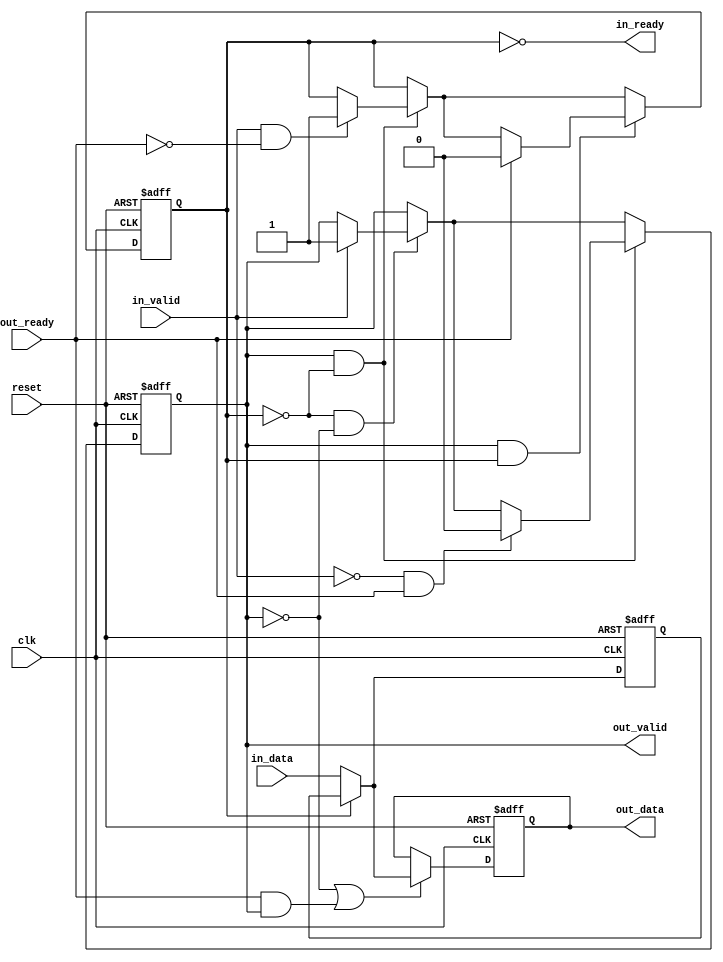
// This program was cloned from: https://github.com/stanford-ppl/spatial-lang
// License: MIT License

// (C) 2001-2017 Intel Corporation. All rights reserved.
// Your use of Intel Corporation's design tools, logic functions and other 
// software and tools, and its AMPP partner logic functions, and any output 
// files from any of the foregoing (including device programming or simulation 
// files), and any associated documentation or information are expressly subject 
// to the terms and conditions of the Intel Program License Subscription 
// Agreement, Intel FPGA IP License Agreement, or other applicable 
// license agreement, including, without limitation, that your use is for the 
// sole purpose of programming logic devices manufactured by Intel and sold by 
// Intel or its authorized distributors.  Please refer to the applicable 
// agreement for further details.


// $File: //acds/rel/17.1/ip/avalon_st/altera_avalon_st_pipeline_stage/altera_avalon_st_pipeline_base.v $
// $Revision: #1 $
// $Date: 2017/08/13 $
// $Author: swbranch $
//------------------------------------------------------------------------------

`timescale 1ns / 1ns

module altera_avalon_st_pipeline_base (
                                       clk,
                                       reset,
                                       in_ready,
                                       in_valid,
                                       in_data,
                                       out_ready,
                                       out_valid,
                                       out_data
                                       );

   parameter  SYMBOLS_PER_BEAT  = 1;
   parameter  BITS_PER_SYMBOL   = 8;
   parameter  PIPELINE_READY    = 1;
   localparam DATA_WIDTH = SYMBOLS_PER_BEAT * BITS_PER_SYMBOL;
   
   input clk;
   input reset;
   
   output in_ready;
   input  in_valid;
   input [DATA_WIDTH-1:0] in_data;
   
   input                  out_ready;
   output                 out_valid;
   output [DATA_WIDTH-1:0] out_data;
   
   reg                     full0;
   reg                     full1;
   reg [DATA_WIDTH-1:0]    data0;
   reg [DATA_WIDTH-1:0]    data1;

   assign out_valid = full1;
   assign out_data  = data1;    
   
   generate if (PIPELINE_READY == 1) 
     begin : REGISTERED_READY_PLINE
        
        assign in_ready  = !full0;

        always @(posedge clk, posedge reset) begin
           if (reset) begin
              data0 <= {DATA_WIDTH{1'b0}};
              data1 <= {DATA_WIDTH{1'b0}};
           end else begin
              // ----------------------------
              // always load the second slot if we can
              // ----------------------------
              if (~full0)
                data0 <= in_data;
              // ----------------------------
              // first slot is loaded either from the second,
              // or with new data
              // ----------------------------
              if (~full1 || (out_ready && out_valid)) begin
                 if (full0)
                   data1 <= data0;
                 else
                   data1 <= in_data;
              end
           end
        end
        
        always @(posedge clk or posedge reset) begin
           if (reset) begin
              full0    <= 1'b0;
              full1    <= 1'b0;
           end else begin
              // no data in pipeline
              if (~full0 & ~full1) begin
                 if (in_valid) begin
                    full1 <= 1'b1;
                 end
              end // ~f1 & ~f0

              // one datum in pipeline 
              if (full1 & ~full0) begin
                 if (in_valid & ~out_ready) begin
                    full0 <= 1'b1;
                 end
                 // back to empty
                 if (~in_valid & out_ready) begin
                    full1 <= 1'b0;
                 end
              end // f1 & ~f0
              
              // two data in pipeline 
              if (full1 & full0) begin
                 // go back to one datum state
                 if (out_ready) begin
                    full0 <= 1'b0;
                 end
              end // end go back to one datum stage
           end
        end

     end 
   else 
     begin : UNREGISTERED_READY_PLINE
	
	// in_ready will be a pass through of the out_ready signal as it is not registered
	assign in_ready = (~full1) | out_ready;
	
	always @(posedge clk or posedge reset) begin
	   if (reset) begin
	      data1 <= 'b0;
	      full1 <= 1'b0;
	   end
	   else begin
	      if (in_ready) begin
		 data1 <= in_data;
		 full1 <= in_valid;
	      end
	   end
	end		
     end
   endgenerate
endmodule